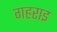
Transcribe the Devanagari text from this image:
गहराइ